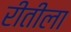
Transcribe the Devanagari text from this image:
रीतीला